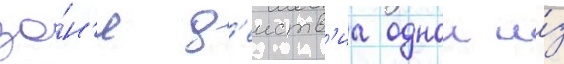
зо́н'е д'еиств'иа однои и́з